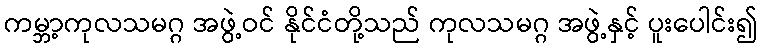
ကမ္ဘာ့ကုလသမဂ္ဂ အဖွဲ့ဝင် နိုင်ငံတို့သည် ကုလသမဂ္ဂ အဖွဲ့နှင့် ပူးပေါင်း၍